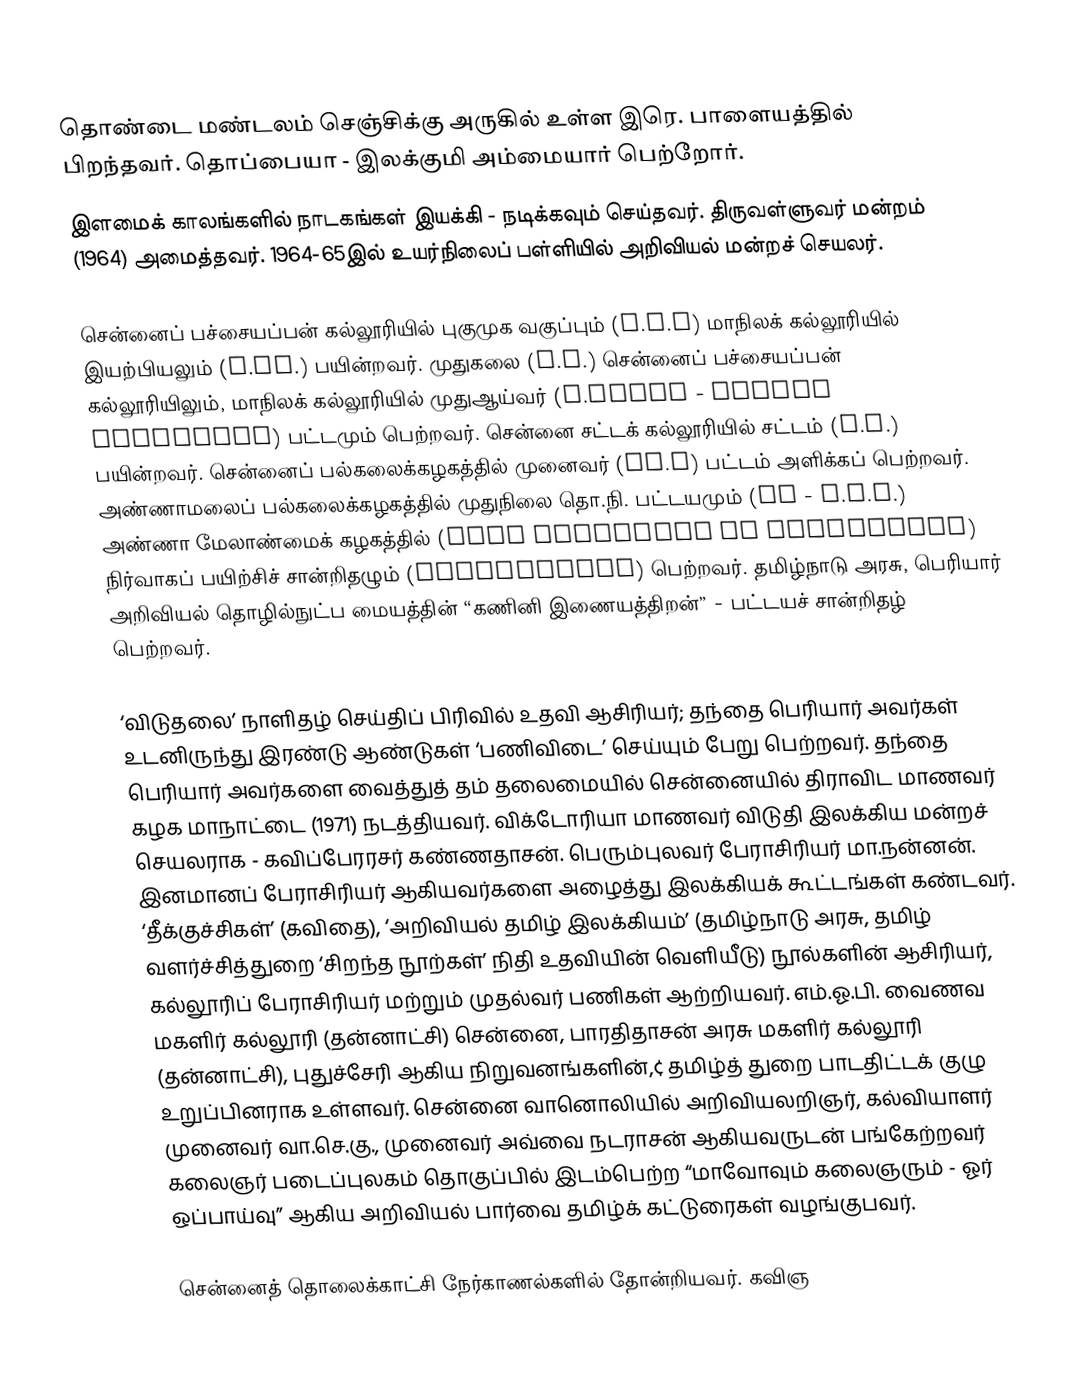
தொண்டை மண்டலம் செஞ்சிக்கு அருகில் உள்ள இரெ. பாளையத்தில் பிறந்தவர். தொப்பையா - இலக்குமி அம்மையார் பெற்றோர்.
இளமைக் காலங்களில் நாடகங்கள் இயக்கி - நடிக்கவும் செய்தவர். திருவள்ளுவர் மன்றம் (1964) அமைத்தவர். 1964-65இல் உயர்நிலைப் பள்ளியில் அறிவியல் மன்றச் செயலர்.

சென்னைப் பச்சையப்பன் கல்லூரியில் புகுமுக வகுப்பும் (P.U.C) மாநிலக் கல்லூரியில் இயற்பியலும் (B.Sc.) பயின்றவர். முதுகலை (M.A.) சென்னைப் பச்சையப்பன் கல்லூரியிலும், மாநிலக் கல்லூரியில் முதுஆய்வர் (M.phill - Highly Commended) பட்டமும் பெற்றவர். சென்னை சட்டக் கல்லூரியில் சட்டம் (B.L.) பயின்றவர். சென்னைப் பல்கலைக்கழகத்தில் முனைவர் (Ph.D) பட்டம் அளிக்கப் பெற்றவர். அண்ணாமலைப் பல்கலைக்கழகத்தில் முதுநிலை தொ.நி. பட்டயமும் (PG - D.L.A.) அண்ணா மேலாண்மைக் கழகத்தில் (Anna Institute of Management) நிர்வாகப் பயிற்சிச் சான்றிதழும் (Certificate) பெற்றவர். தமிழ்நாடு அரசு, பெரியார் அறிவியல் தொழில்நுட்ப மையத்தின் “கணினி இணையத்திறன்” - பட்டயச் சான்றிதழ் பெற்றவர்.

‘விடுதலை’ நாளிதழ் செய்திப் பிரிவில் உதவி ஆசிரியர்; தந்தை பெரியார் அவர்கள் உடனிருந்து இரண்டு ஆண்டுகள் ‘பணிவிடை’ செய்யும் பேறு பெற்றவர். தந்தை பெரியார் அவர்களை வைத்துத் தம் தலைமையில் சென்னையில் திராவிட மாணவர் கழக மாநாட்டை (1971) நடத்தியவர். விக்டோரியா மாணவர் விடுதி இலக்கிய மன்றச் செயலராக - கவிப்பேரரசர் கண்ணதாசன். பெரும்புலவர் பேராசிரியர் மா.நன்னன். இனமானப் பேராசிரியர் ஆகியவர்களை அழைத்து இலக்கியக் கூட்டங்கள் கண்டவர். ‘தீக்குச்சிகள்’ (கவிதை), ‘அறிவியல் தமிழ் இலக்கியம்’ (தமிழ்நாடு அரசு, தமிழ் வளர்ச்சித்துறை ‘சிறந்த நூற்கள்’ நிதி உதவியின் வெளியீடு) நூல்களின் ஆசிரியர், கல்லூரிப் பேராசிரியர் மற்றும் முதல்வர் பணிகள் ஆற்றியவர். எம்.ஓ.பி. வைணவ மகளிர் கல்லூரி (தன்னாட்சி) சென்னை, பாரதிதாசன் அரசு மகளிர் கல்லூரி (தன்னாட்சி), புதுச்சேரி ஆகிய நிறுவனங்களின்,¢ தமிழ்த் துறை பாடதிட்டக் குழு உறுப்பினராக உள்ளவர். சென்னை வானொலியில் அறிவியலறிஞர், கல்வியாளர் முனைவர் வா.செ.கு., முனைவர் அவ்வை நடராசன் ஆகியவருடன் பங்கேற்றவர் கலைஞர் படைப்புலகம் தொகுப்பில் இடம்பெற்ற “மாவோவும் கலைஞரும் - ஓர் ஒப்பாய்வு” ஆகிய அறிவியல் பார்வை தமிழ்க் கட்டுரைகள் வழங்குபவர்.

சென்னைத் தொலைக்காட்சி நேர்காணல்களில் தோன்றியவர். கவிஞ